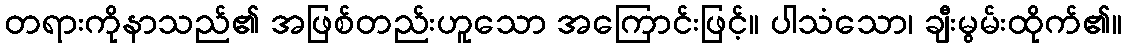
တရားကိုနာသည်၏ အဖြစ်တည်းဟူသော အကြောင်းဖြင့်။ ပါသံသော၊ ချီးမွမ်းထိုက်၏။